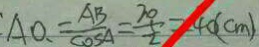
A O 、 = \frac { A B } { \cos A } = \frac { 2 0 } { t } = 4 0 ( c m )